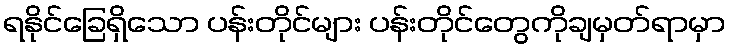
ရနိုင်ခြေရှိသော ပန်းတိုင်များ ပန်းတိုင်တွေကိုချမှတ်ရာမှာ